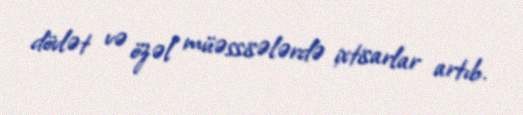
dövlət və özəl müəssisələrdə ixtisarlar artıb.